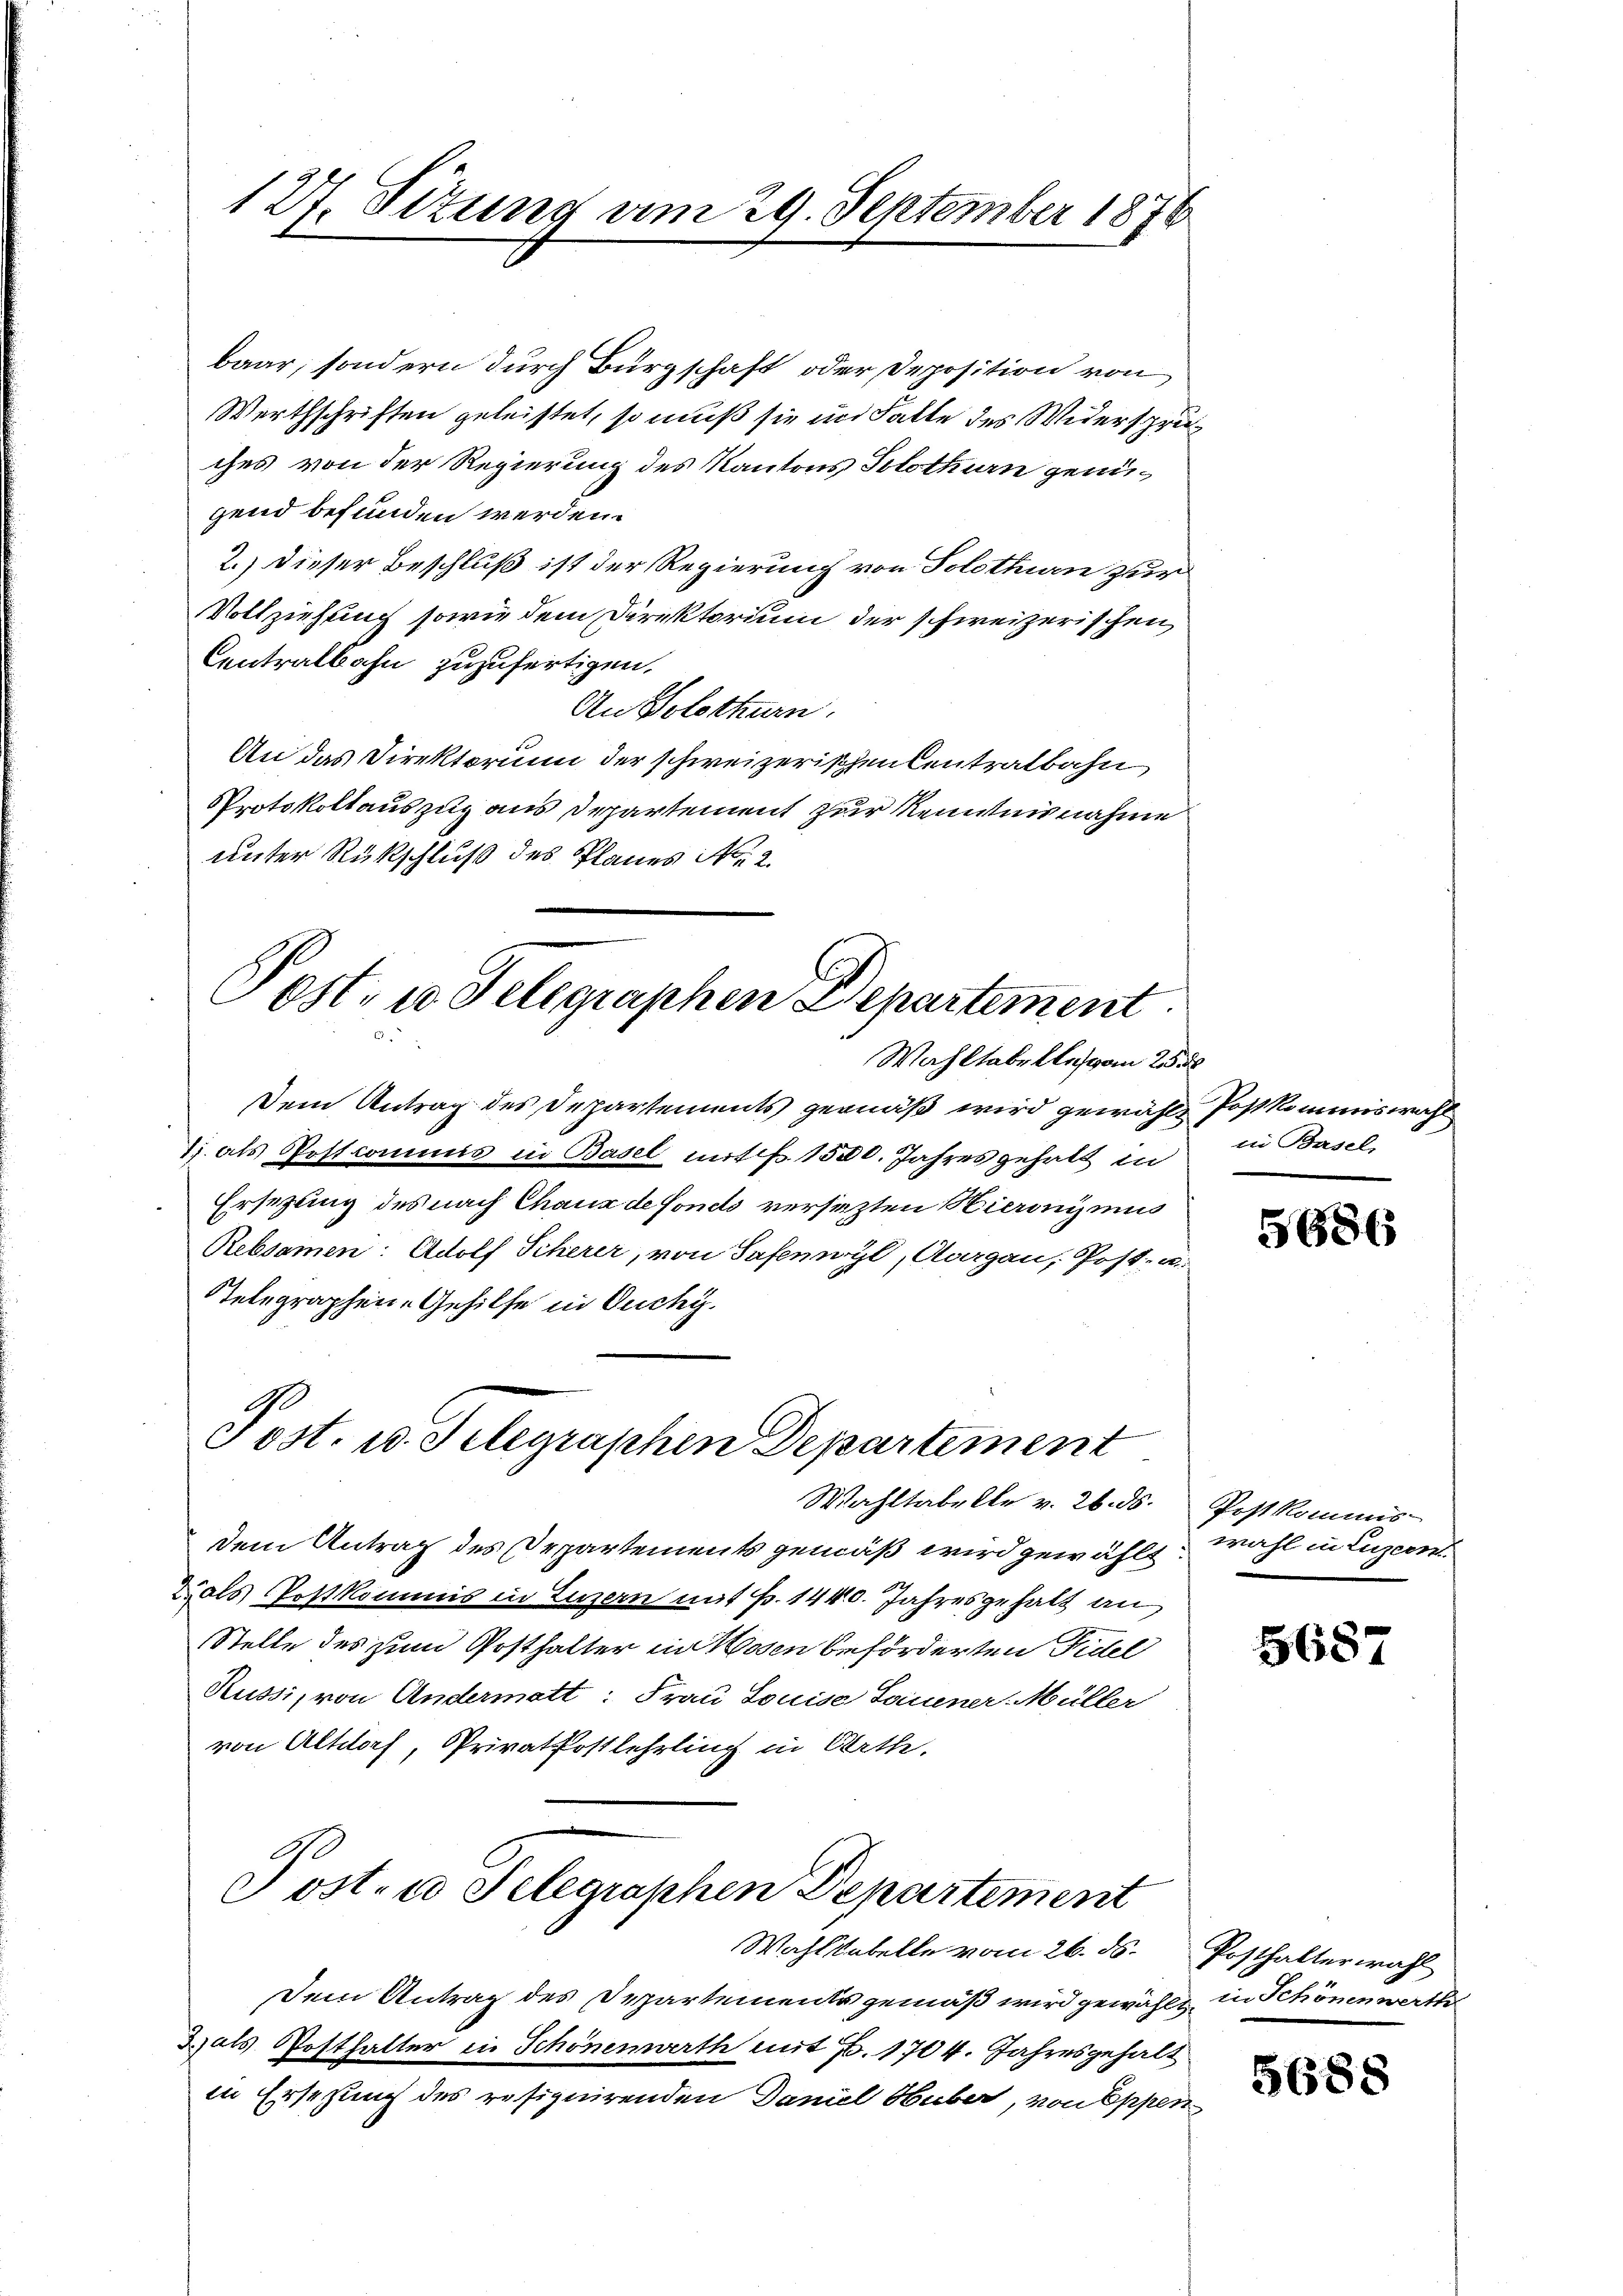
127. Situng am 29. September 1876

baar, sondern durch Bürgschaft oder Deposition von
Werthschriften geleistet, so muß sie in Falle des Widersprüches von der Regierung des Kantons Solothurn genügend befunden werden.
2.) Dieser Beschluß ist der Regierung von Solothurn zur
Vollziehung sowie dem Direktorium der schweizerischen,
Centralbahn zuzufertigen.
An Solothurn.
An das Direktorium der schweizerischen Centralbahn
Protokollauszug aus Departement zur Kenntnisnahme
unter Rückschluß des Planes No. 2.
Post- u Gelegraphen Departement

Wahltabelle von 25.
Dem Antrag des Departements gemäß wird gewählt Postkommiswahl
7) als Postcommis in Basel mit 1500. Jahres gehalt in in Basel-
Ersetzung des nach Chaux de fonds versezten Hieronimus
Rebsamen: Adolf Scherer, von Saferwyl, Aargau, Post- u.
Stelegraphen-Gehilfe in Ouchy.

Post. u. Telegraphen Departement

Wahltabelle v. 26. ds.
dem Antrag des Departements gemäß wird gewählt:
Zals Postkommis in Luzern mit Fr. 1440. Jahresgehalt an
Stelle des zum Posthalter in Hosen beförderten Fidel
Russi, von Andermatt: Frau Louise Sauener Müller
von Altorf, Privatkostlehrling in Orth.
Post- u Selegraphen Departement
Wahlkabelle vom 26. ds. Posthalter wahl
Dem Antrag des Departements gemäß wird gewählt, in Schönen werth
3) als Posthalter in Schönenwerth mit 7. 1704. Jahresgehalt
in Ersetzung des resignirenden Daniel Huber, von Eppen

5686

Post kommis-
wahl in Luzern.

5687

5688